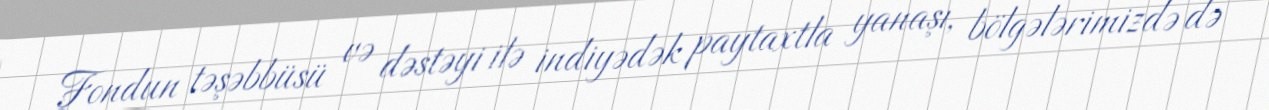
Fondun təşəbbüsü və dəstəyi ilə indiyədək paytaxtla yanaşı, bölgələrimizdə də